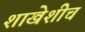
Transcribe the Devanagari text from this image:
शाखेशीच